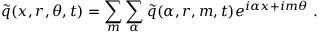
\boldsymbol { \tilde { q } } ( x , r , \theta , t ) = \sum _ { m } \sum _ { \alpha } \boldsymbol { \tilde { q } } ( \alpha , r , m , t ) e ^ { i \alpha x + i m \theta } \mathrm { ~ . ~ }